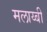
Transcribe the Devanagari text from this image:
मलाय्बी